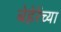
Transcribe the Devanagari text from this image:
बेहेरेंच्या